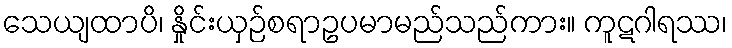
သေယျထာပိ၊ နှိုင်းယှဉ်စရာဥပမာမည်သည်ကား။ ကူဋဂါရဿ၊